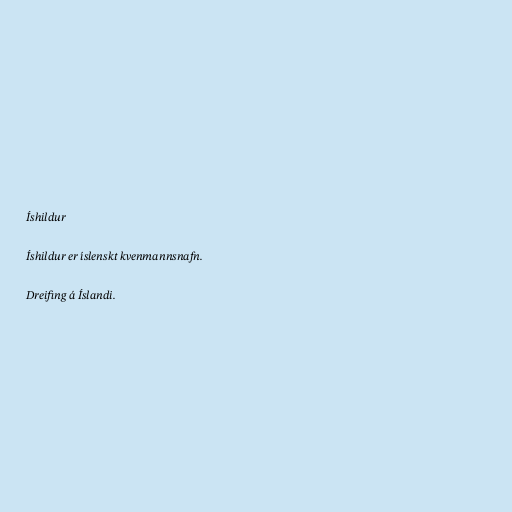
Íshildur

Íshildur er íslenskt kvenmannsnafn.

Dreifing á Íslandi.